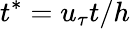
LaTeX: t^{*}=u_{\tau}t/h